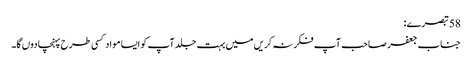
58 تبصرے:
جناب جعفر صاحب آپ فکر نہ کریں میں بہت جلد آپ کو ایسا مواد کسی طرح پہنچا دوں گا۔